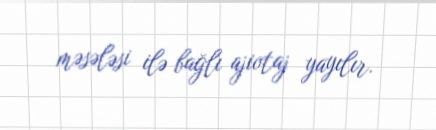
məsələsi ilə bağlı ajiotaj yayılır.